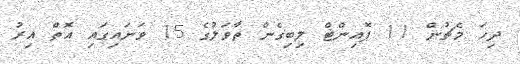
ދިހަ މެޗުން 11 ޕޮއިންޓް ލިބިގެން ތާވަލުގެ 15 ވަނައިގައި އޮތް އިރު